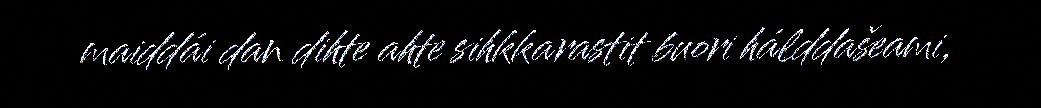
maiddái dan dihte ahte sihkkarastit buori hálddašeami,